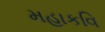
મહાકવિ